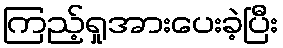
ကြည့်ရှုအားပေးခဲ့ပြီး